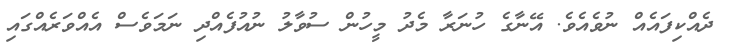
ދެއްކިފައެއް ނުވެއެވެ. އޭނާގެ ހުނަރާ މެދު މީހުން ސުވާލު ނުއުފެއްދި ނަމަވެސް އެއްވަރެއްގައި